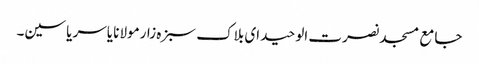
جامع مسجد نصرت الوحید ای بلاک سبزہ زارمولانا یاسر یاسین۔